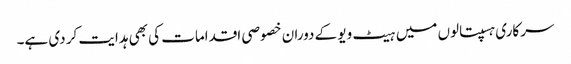
سرکاری ہسپتالوں میں ہیٹ ویو کے دوران خصوصی اقدامات کی بھی ہدایت کر دی ہے۔